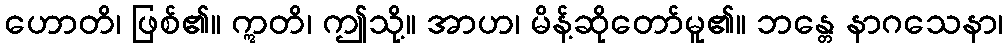
ဟောတိ၊ ဖြစ်၏။ ဣတိ၊ ဤသို့။ အာဟ၊ မိန့်ဆိုတော်မူ၏။ ဘန္တေ နာဂသေနာ၊